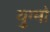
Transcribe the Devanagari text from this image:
युग्मो